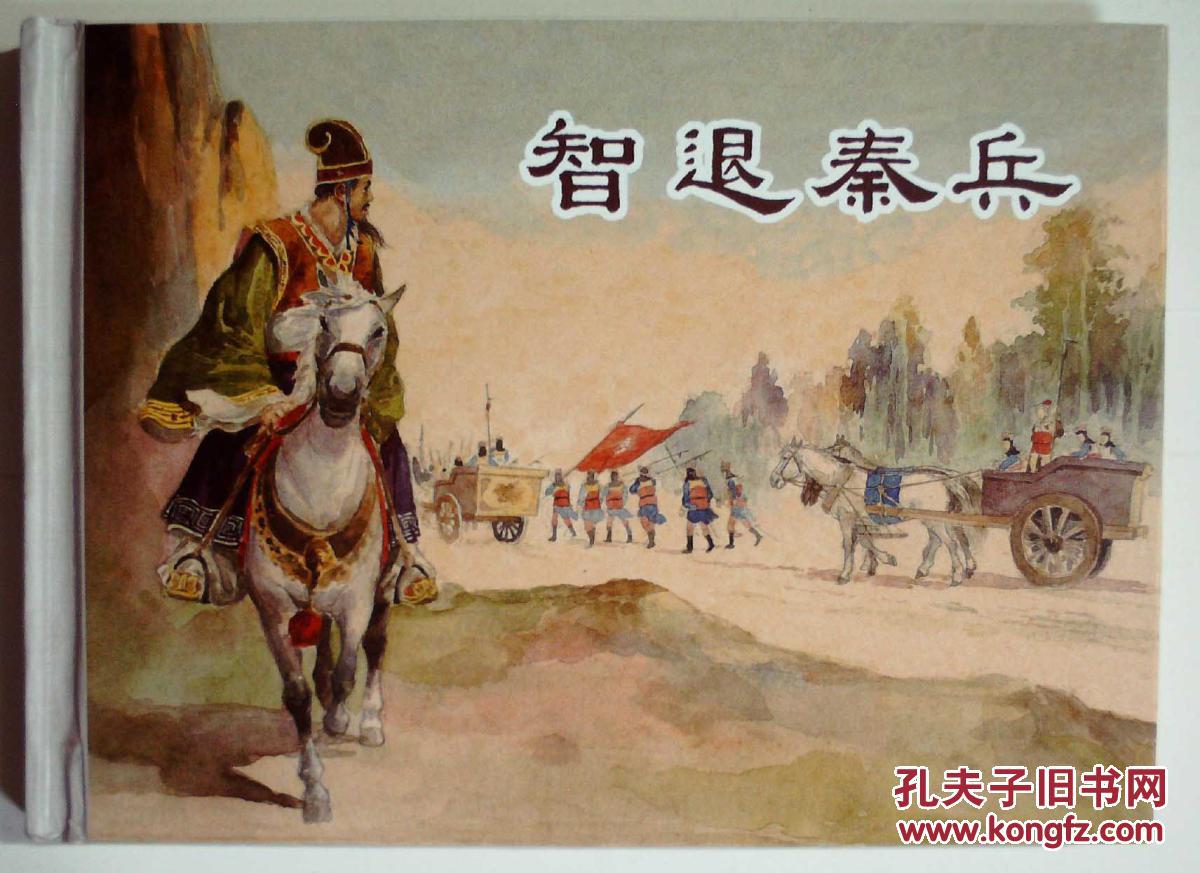
细腰争舞君沉醉，白日秦兵天下来。